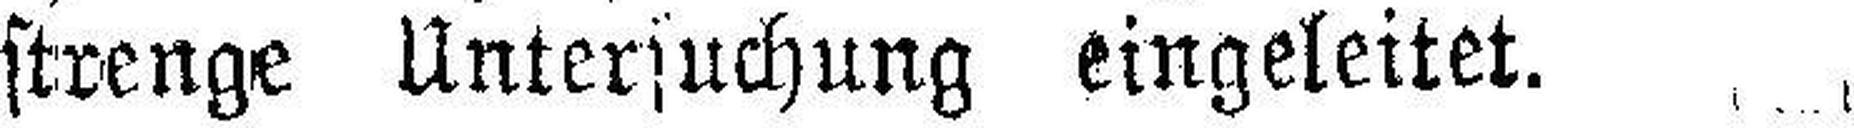
strenge Untersuchung eingeleitet.